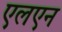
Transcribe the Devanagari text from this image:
एलएन